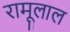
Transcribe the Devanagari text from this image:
रामूलाल